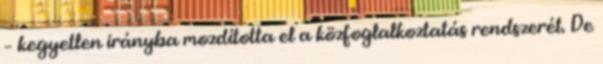
– kegyetlen irányba mozdította el a közfoglalkoztatás rendszerét. De